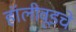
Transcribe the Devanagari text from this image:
हॉलीवूडचे